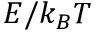
E / k _ { B } T